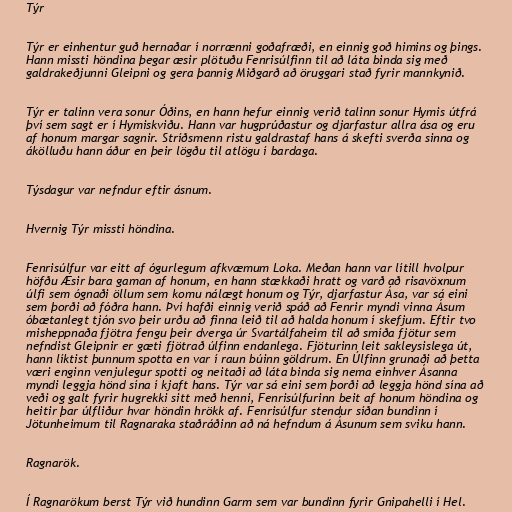
Týr

Týr er einhentur guð hernaðar í norrænni goðafræði, en einnig goð himins og þings.
Hann missti höndina þegar æsir plötuðu Fenrisúlfinn til að láta binda sig með
galdrakeðjunni Gleipni og gera þannig Miðgarð að öruggari stað fyrir mannkynið.

Týr er talinn vera sonur Óðins, en hann hefur einnig verið talinn sonur Hymis útfrá
því sem sagt er í Hymiskviðu. Hann var hugprúðastur og djarfastur allra ása og eru
af honum margar sagnir. Stríðsmenn ristu galdrastaf hans á skefti sverða sinna og
ákölluðu hann áður en þeir lögðu til atlögu í bardaga.

Týsdagur var nefndur eftir ásnum.

Hvernig Týr missti höndina.

Fenrisúlfur var eitt af ógurlegum afkvæmum Loka. Meðan hann var lítill hvolpur
höfðu Æsir bara gaman af honum, en hann stækkaði hratt og varð að risavöxnum
úlfi sem ógnaði öllum sem komu nálægt honum og Týr, djarfastur Ása, var sá eini
sem þorði að fóðra hann. Því hafði einnig verið spáð að Fenrir myndi vinna Ásum
óbætanlegt tjón svo þeir urðu að finna leið til að halda honum í skefjum. Eftir tvo
misheppnaða fjötra fengu þeir dverga úr Svartálfaheim til að smíða fjötur sem
nefndist Gleipnir er gæti fjötrað úlfinn endanlega. Fjöturinn leit sakleysislega út,
hann líktist þunnum spotta en var í raun búinn göldrum. En Úlfinn grunaði að þetta
væri enginn venjulegur spotti og neitaði að láta binda sig nema einhver Ásanna
myndi leggja hönd sína í kjaft hans. Týr var sá eini sem þorði að leggja hönd sína að
veði og galt fyrir hugrekki sitt með henni, Fenrisúlfurinn beit af honum höndina og
heitir þar úlfliður hvar höndin hrökk af. Fenrisúlfur stendur síðan bundinn í
Jötunheimum til Ragnaraka staðráðinn að ná hefndum á Ásunum sem sviku hann.

Ragnarök.

Í Ragnarökum berst Týr við hundinn Garm sem var bundinn fyrir Gnipahelli í Hel.